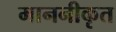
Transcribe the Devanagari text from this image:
माननीकृत